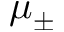
\mu _ { \pm }